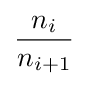
{\frac {n_{i}}{n_{i+1}}}